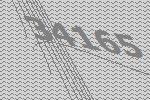
34165